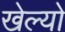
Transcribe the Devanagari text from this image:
खेल्यो